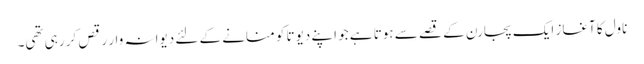
ناول کا آغاز ایک پجارن کے قصے سے ہوتا ہے جو اپنے دیوتا کو منانے کے لئے دیوانہ وار رقص کر رہی تھی۔